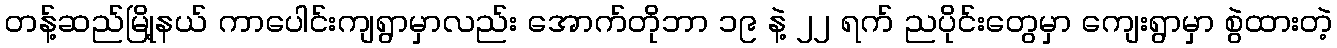
တန့်ဆည်မြို့နယ် ကာပေါင်းကျရွာမှာလည်း အောက်တိုဘာ ၁၉ နဲ့ ၂၂ ရက် ညပိုင်းတွေမှာ ကျေးရွာမှာ စွဲထားတဲ့